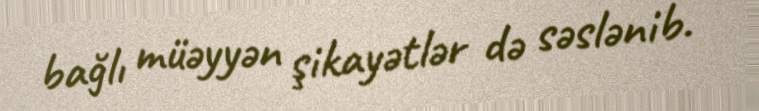
bağlı müəyyən şikayətlər də səslənib.